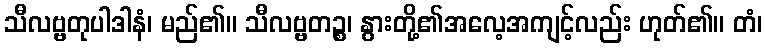
သီလဗ္ဗတုပါဒါနံ၊ မည်၏။ သီလဗ္ဗတဉ္စ၊ နွားတို့၏အလေ့အကျင့်လည်း ဟုတ်၏။ တံ၊